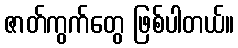
ဇာတ်ကွက်တွေ ဖြစ်ပါတယ်။